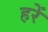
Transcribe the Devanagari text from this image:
हरें